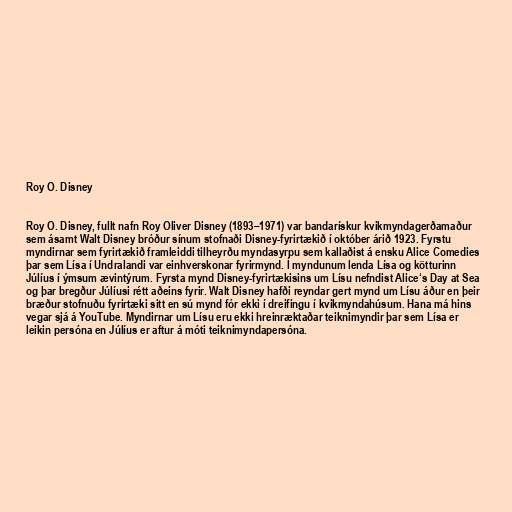
Roy O. Disney

Roy O. Disney, fullt nafn Roy Oliver Disney (1893–1971) var bandarískur kvikmyndagerðamaður
sem ásamt Walt Disney bróður sínum stofnaði Disney-fyrirtækið í október árið 1923. Fyrstu
myndirnar sem fyrirtækið framleiddi tilheyrðu myndasyrpu sem kallaðist á ensku Alice Comedies
þar sem Lísa í Undralandi var einhverskonar fyrirmynd. Í myndunum lenda Lísa og kötturinn
Júlíus í ýmsum ævintýrum. Fyrsta mynd Disney-fyrirtækisins um Lísu nefndist Alice‘s Day at Sea
og þar bregður Júlíusi rétt aðeins fyrir. Walt Disney hafði reyndar gert mynd um Lísu áður en þeir
bræður stofnuðu fyrirtæki sitt en sú mynd fór ekki í dreifingu í kvikmyndahúsum. Hana má hins
vegar sjá á YouTube. Myndirnar um Lísu eru ekki hreinræktaðar teiknimyndir þar sem Lísa er
leikin persóna en Júlíus er aftur á móti teiknimyndapersóna.